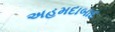
અહમદાબાદ